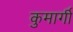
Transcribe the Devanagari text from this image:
कुमार्गी